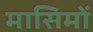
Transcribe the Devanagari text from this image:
मासिमों